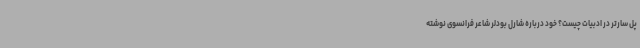
پل سارتر در ادبیات چیست؟ خود درباره شارل بودلر شاعر فرانسوی نوشته